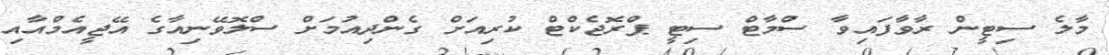
މާލެ ސިޓީން ރާވާފައިވާ ސްމާޓް ސިޓީ ޕްރޮޖެކްޓް ކުރިއަށް ގެންދިއުމަށް ސްލޮވޭނިއާގެ އޭޖީއެމްއާއި